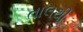
તાલથી